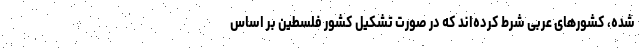
شده، کشورهای عربی شرط کرده‌اند که در صورت تشکیل کشور فلسطین بر اساس